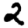
Digit: 2